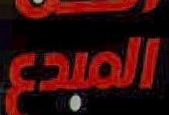
المبدع